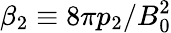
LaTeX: \beta_{2}\equiv 8\pi p_{2}/B_{0}^{2}